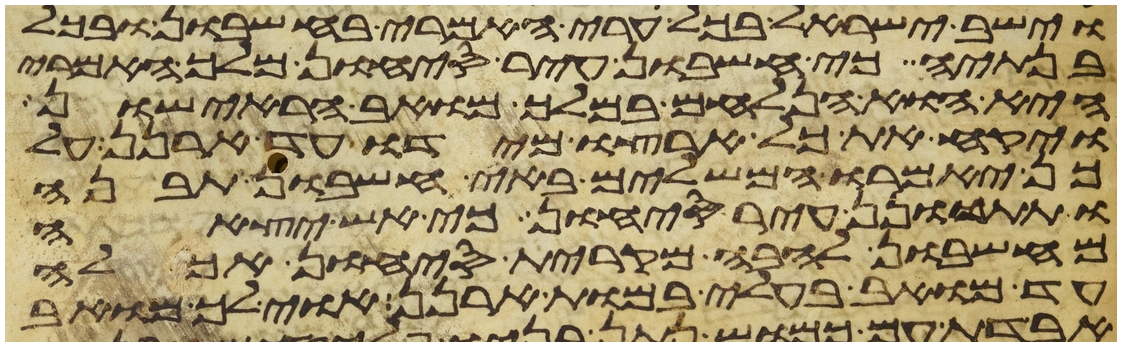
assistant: וישב ישראל בכל ערי האמרי בחשבון ובכל
בנתיה כי חשבון עיר סיחון מלך האמרי
היא והוא הנלחם במלך מואב הראישון
ויקח את כל ארצו מידו עד ארנן על
כן יאמרו המשלים באי חשבון תבנה
ותתכונן עיר סיחון כי אש יצאה
מחשבון להבה מקרית סיחון אכלה
עד מואב בעלי במות ארנן אוי לך מואב